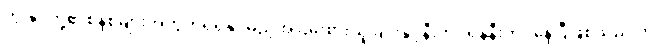
ကျွန်ုပ်တို့၏စနစ်များအတွက်ရရှိနိုင်မည့်အငြိမ်းစားယူခြင်းနှင့်နီးကပ်ရန်နီးကပ်နေပြီဖြစ်သည် ကို